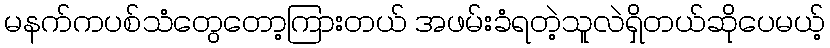
မနက်ကပစ်သံတွေတော့ကြားတယ် အဖမ်းခံရတဲ့သူလဲရှိတယ်ဆိုပေမယ့်